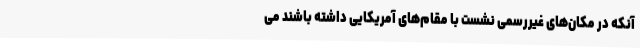
آنکه در مکان‌های غیررسمی نشست با مقام‌های آمریکایی داشته باشند می